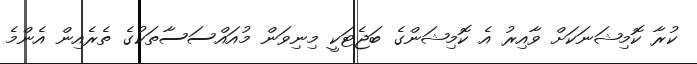
ކުރާ ކޮމިޝަނަކަށް ވާއިރު އެ ކޮމިޝަންގެ ބަޖެޓަކީ މިނިވަން މުއައްސަސާތަކުގެ ތެރެއިން އެންމެ